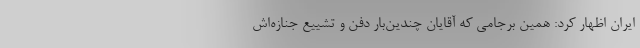
ایران اظهار کرد: همین برجامی که آقایان چندین‌بار دفن و تشییع جنازه‌اش